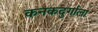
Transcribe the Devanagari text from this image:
कनकदुर्गाला